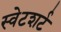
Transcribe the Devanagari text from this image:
स्वेटशर्ट